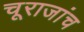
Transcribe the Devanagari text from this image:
चूराजांच